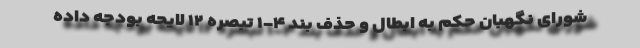
شورای نگهبان حکم به ابطال و حذف بند ۴-۱ تبصره ۱۲ لایحه بودجه داده